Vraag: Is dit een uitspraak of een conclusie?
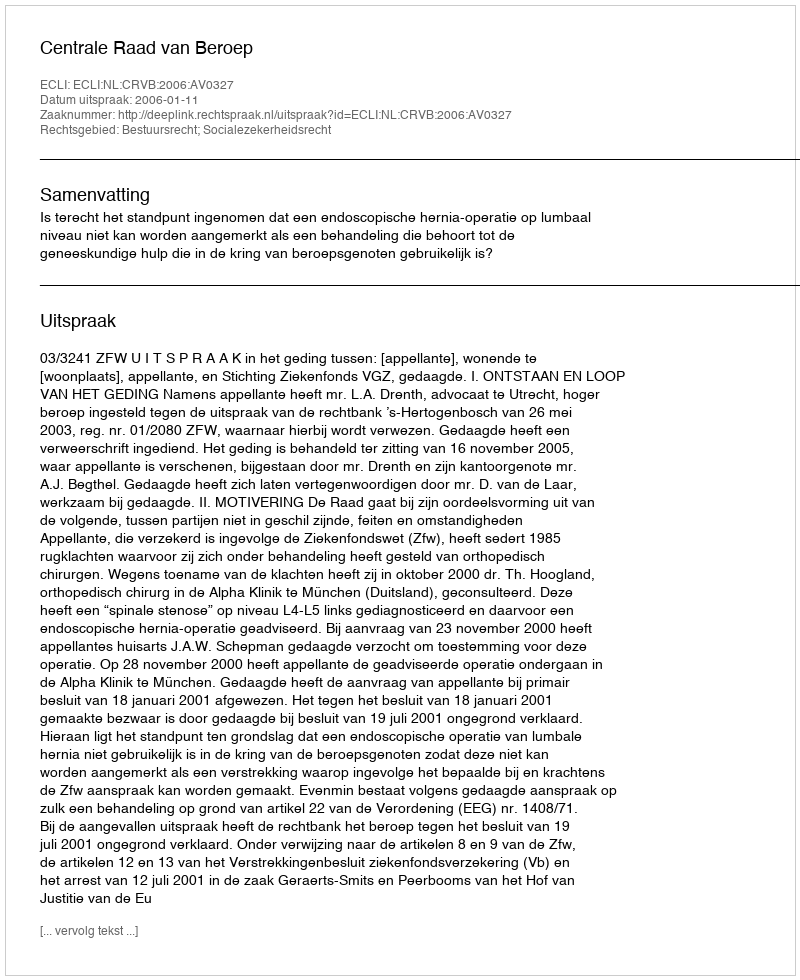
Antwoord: Uitspraak